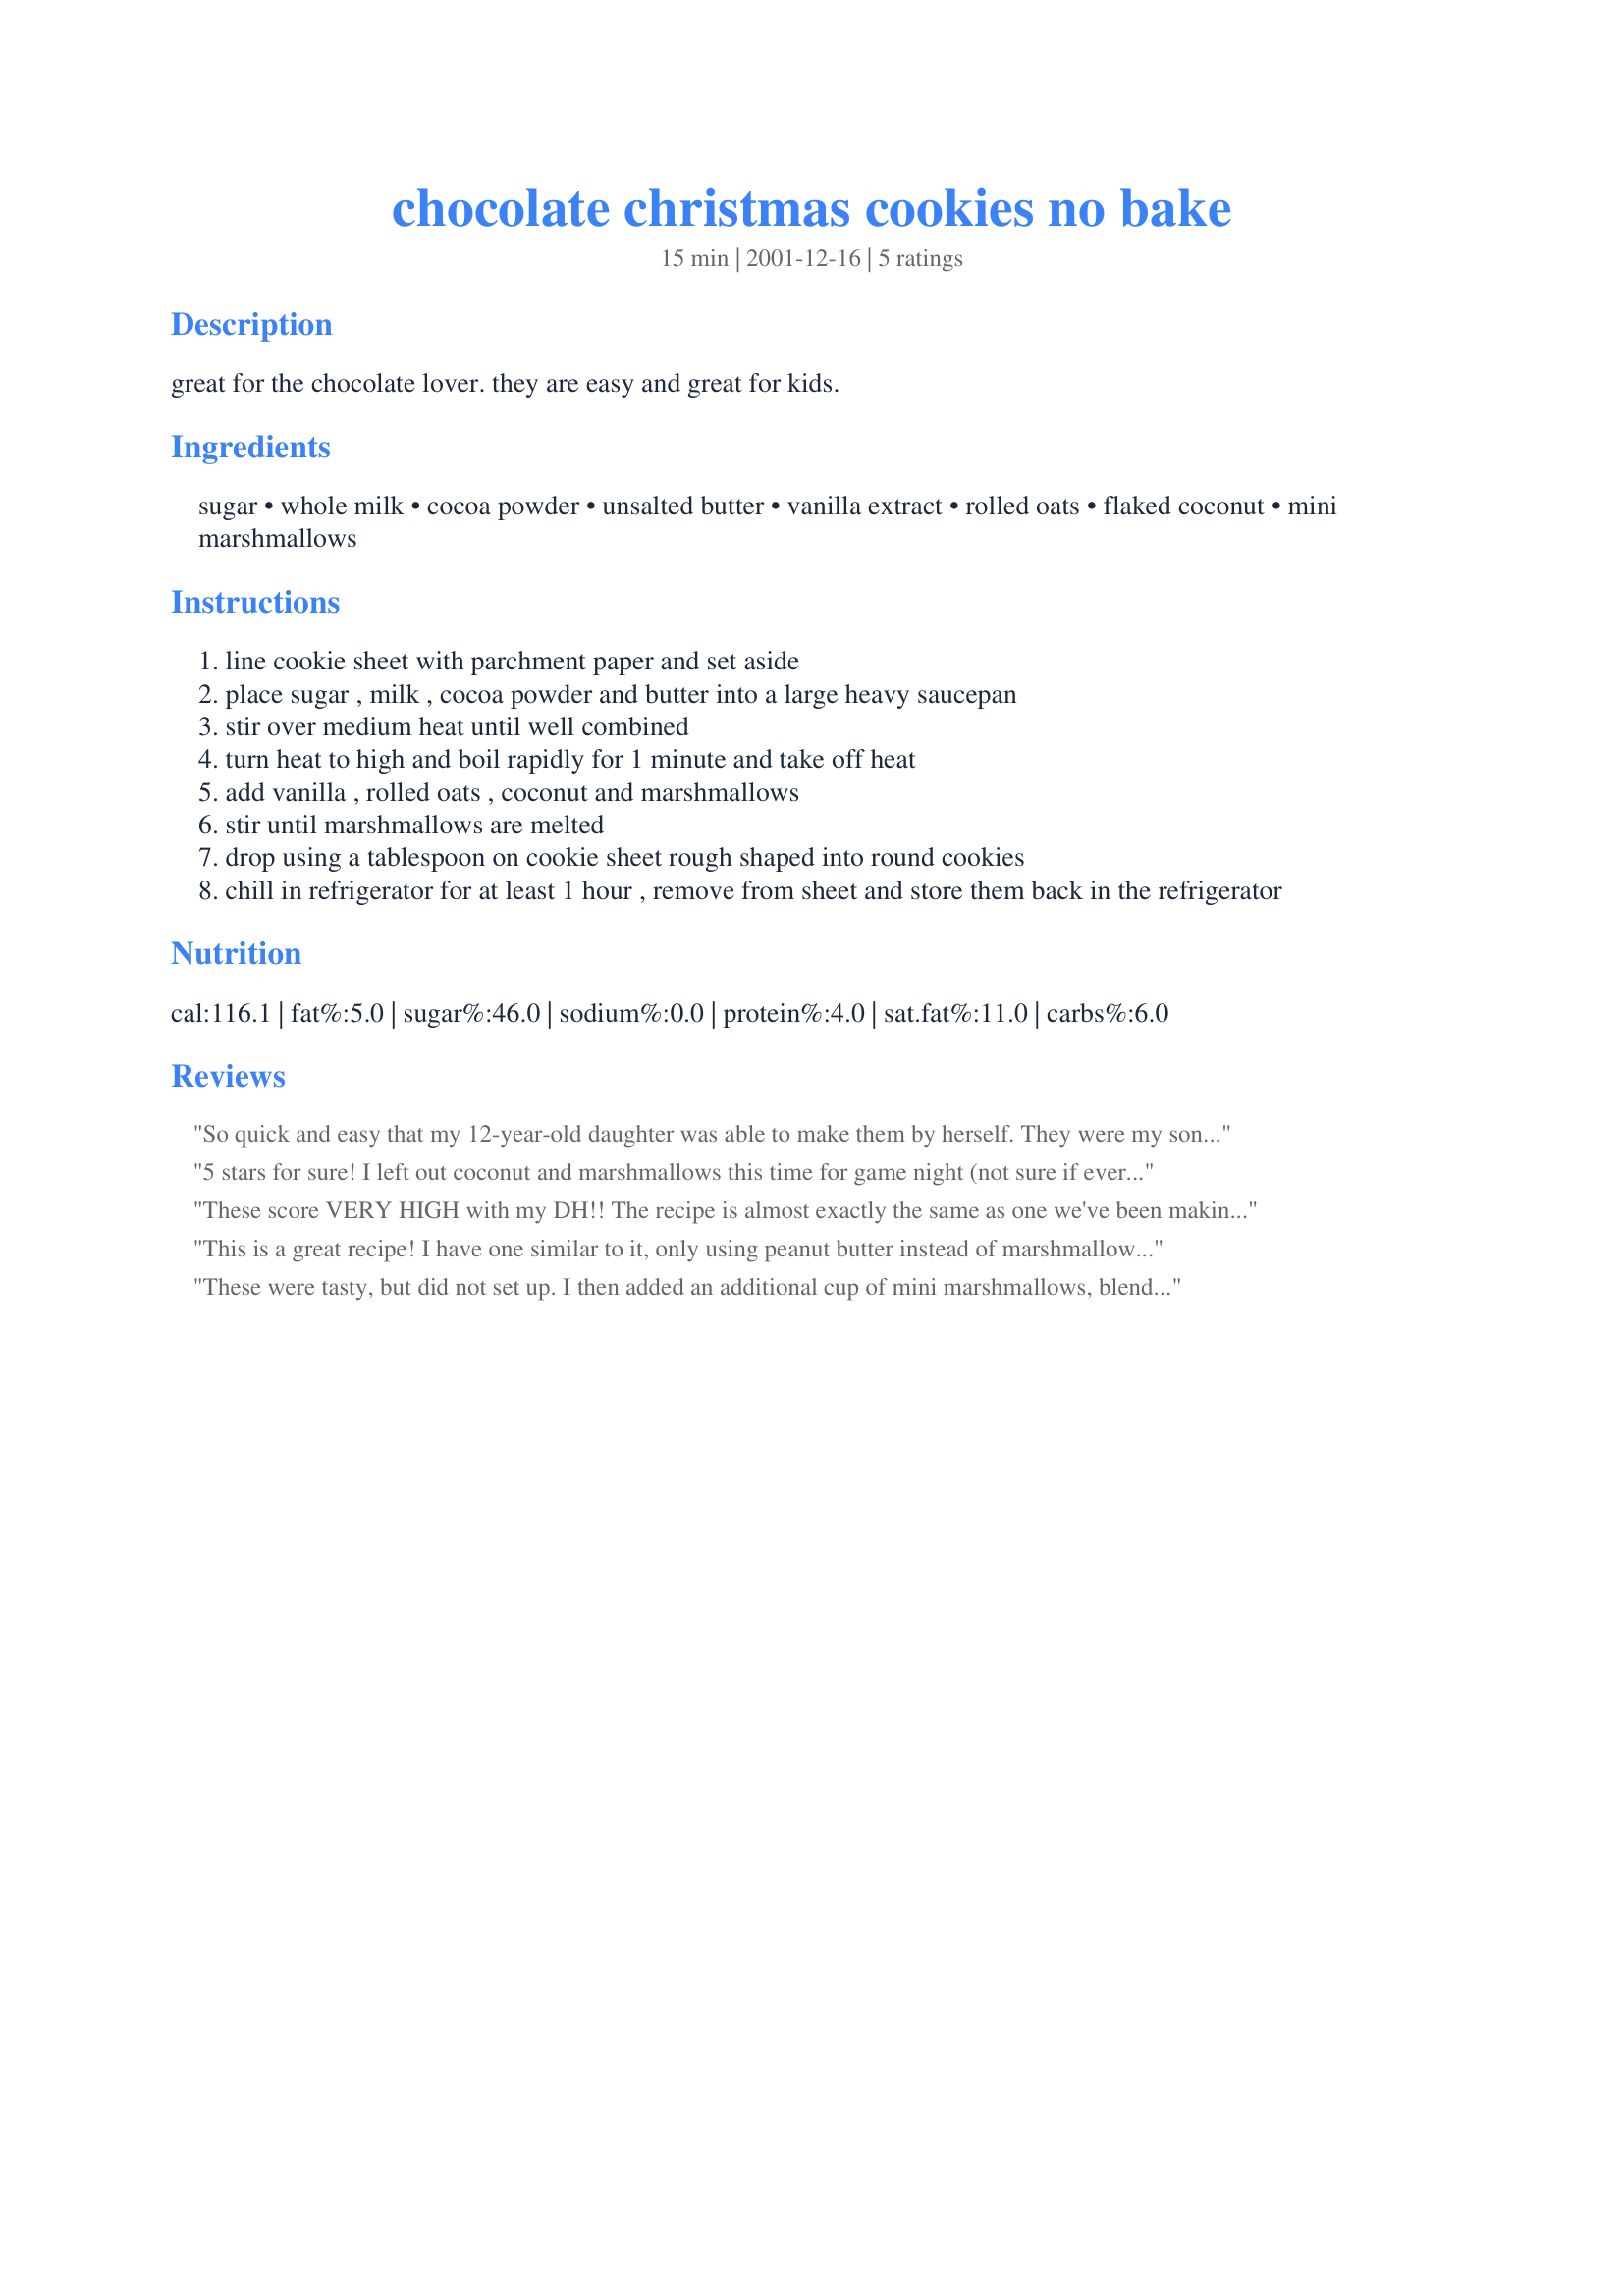
chocolate christmas cookies no bake
Preparation time: 15 minutes

great for the chocolate lover. they are easy and great for kids.

Ingredients:
sugar, whole milk, cocoa powder, unsalted butter, vanilla extract, rolled oats, flaked coconut, mini marshmallows

Steps:
line cookie sheet with parchment paper and set aside
place sugar , milk , cocoa powder and butter into a large heavy saucepan
stir over medium heat until well combined
turn heat to high and boil rapidly for 1 minute and take off heat
add vanilla , rolled oats , coconut and marshmallows
stir until marshmallows are melted
drop using a tablespoon on cookie sheet rough shaped into round cookies
chill in refrigerator for at least 1 hour , remove from sheet and store them back in the refrigerator

Reviews:
So quick and easy that my 12-year-old daughter was able to make them by herself. They were my son's favorite cookies this Christmas, so I know we'll be making them again. We really liked the coconut in them. Thanks for posting!
5 stars for sure! I left out coconut and marshmallows this time for game night (not sure if everyone likes those) but left the rest the same. Its amazing how many variations there are on this simple cookie - these are so sweet with 1c. sugar and others on zaar are calling for up to 2 2/3c! Ew. Love these just as they are and I will continue to make these over and over again. Thank you for posting Emily1.
These score VERY HIGH with my DH!! The recipe is almost exactly the same as one we've been making for years - except for the addition of marshmallows which just makes these even better! (Adds chewiness) I will be making this recipe from now on! This recipe isn't just for Christmas either...it can be made anytime you need a quick (and easy) treat!
Thanks for making these even better!
This is a great recipe! I have one similar to it, only using peanut butter instead of marshmallows. DS is allegeric to peanuts, so this is a great replacement for the peanut butter! He loved them. Thanks for a great recipe!
These were tasty, but did not set up. I then added an additional cup of mini marshmallows, blended till melted, and they still barely held together. I'll try them again, with marshallow fluff, to see if they are any better.
